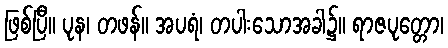
ဖြစ်ပြီ။ ပုန၊ တဖန်။ အပရံ၊ တပါးသောအခါ၌။ ရာဇပုတ္တော၊